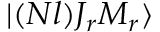
| ( N l ) J _ { r } M _ { r } \rangle